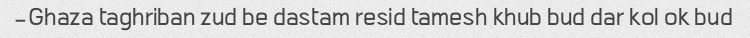
Ghaza taghriban zud be dastam resid tamesh khub bud dar kol ok bud-